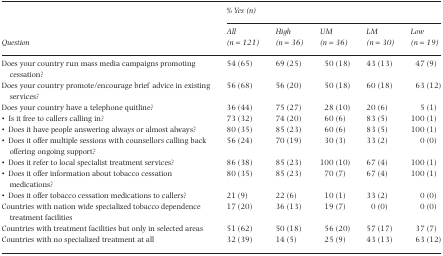
<table><thead><tr><td></td><td colspan="5"><b>% Yes (n)</b></td></tr><tr><td><b>Question</b></td><td><b>All (n <i>=</i> 121)</b></td><td><b>High (n <i>=</i> 36)</b></td><td><b>UM (n <i>=</i> 36)</b></td><td><b>LM (n <i>=</i> 30)</b></td><td><b>Low (n <i>=</i> 19)</b></td></tr></thead><tbody><tr><td>Does your country run mass media campaigns promoting cessation?</td><td>54 (65)</td><td>69 (25)</td><td>50 (18)</td><td>43 (13)</td><td>47 (9)</td></tr><tr><td>Does your country promote/encourage brief advice in existing services?</td><td>56 (68)</td><td>56 (20)</td><td>50 (18)</td><td>60 (18)</td><td>63 (12)</td></tr><tr><td>Does your country have a telephone quitline?</td><td>36 (44)</td><td>75 (27)</td><td>28 (10)</td><td>20 (6)</td><td>5 (1)</td></tr><tr><td>• Is it free to callers calling in?</td><td>73 (32)</td><td>74 (20)</td><td>60 (6)</td><td>83 (5)</td><td>100 (1)</td></tr><tr><td>• Does it have people answering always or almost always?</td><td>80 (35)</td><td>85 (23)</td><td>60 (6)</td><td>83 (5)</td><td>100 (1)</td></tr><tr><td>• Does it offer multiple sessions with counsellors calling back offering ongoing support?</td><td>56 (24)</td><td>70 (19)</td><td>30 (3)</td><td>33 (2)</td><td>0 (0)</td></tr><tr><td>• Does it refer to local specialist treatment services?</td><td>86 (38)</td><td>85 (23)</td><td>100 (10)</td><td>67 (4)</td><td>100 (1)</td></tr><tr><td>• Does it offer information about tobacco cessation medications?</td><td>80 (35)</td><td>85 (23)</td><td>70 (7)</td><td>67 (4)</td><td>100 (1)</td></tr><tr><td>• Does it offer tobacco cessation medications to callers?</td><td>21 (9)</td><td>22 (6)</td><td>10 (1)</td><td>33 (2)</td><td>0 (0)</td></tr><tr><td>Countries with nation wide specialized tobacco dependence treatment facilities</td><td>17 (20)</td><td>36 (13)</td><td>19 (7)</td><td>0 (0)</td><td>0 (0)</td></tr><tr><td>Countries with treatment facilities but only in selected areas</td><td>51 (62)</td><td>50 (18)</td><td>56 (20)</td><td>57 (17)</td><td>37 (7)</td></tr><tr><td>Countries with no specialized treatment at all</td><td>32 (39)</td><td>14 (5)</td><td>25 (9)</td><td>43 (13)</td><td>63 (12)</td></tr></tbody></table>